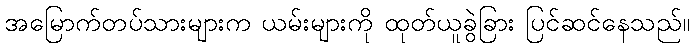
အမြောက်တပ်သားများက ယမ်းများကို ထုတ်ယူခွဲခြား ပြင်ဆင်နေသည်။